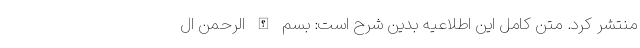
منتشر کرد. متن کامل این اطلاعیه بدین شرح است:‌ بسم الله الرحمن ال